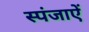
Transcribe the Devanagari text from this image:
स्पंजाऐं